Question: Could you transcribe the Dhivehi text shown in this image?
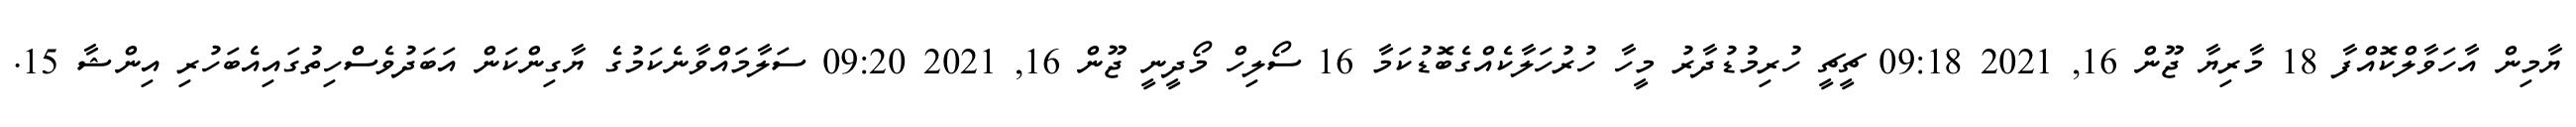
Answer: ޔާމިން އާހަވާލްކޮއްފާ 18 މާރިޔާ ޖޫން 16, 2021 09:18 ޗީޗީ ހުރިމުޑުދާރު މީހާ ހުރުހަލާކެއްގެބޮޑުކަމާ 16 ސޯލިހް މޯދީނީ ޖޫން 16, 2021 09:20 ސަލާމައްވާނެކަމުގެ ޔާގިންކަން އަބަދުވެސްހިތުގައިއެބަހުރި އިންޝާ 15.